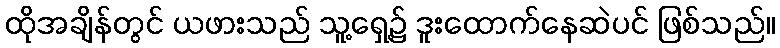
ထိုအချိန်တွင် ယဖားသည် သူ့ရှေ့၌ ဒူးထောက်နေဆဲပင် ဖြစ်သည်။